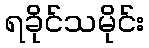
ရခိုင်သမိုင်း